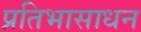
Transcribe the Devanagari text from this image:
प्रतिभासाधन